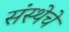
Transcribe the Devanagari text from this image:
संस्‍थेचे